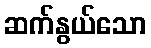
ဆက်နွယ်သော